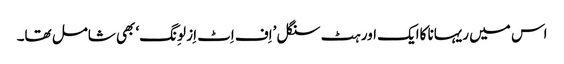
اس میں ریہانا کاایک اور ہٹ سنگل ’اِف اِٹ اِز لوِنگ‘ بھی شامل تھا۔